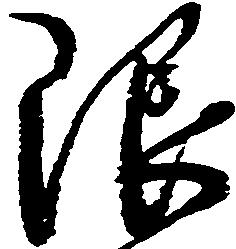
限